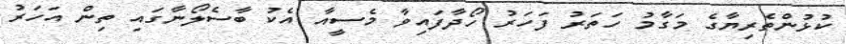
ކުޅުންތެރިޔާގެ މަގާމު ހަތަރު ފަހަރު ހޯދާފައިވާ މެސީއާ އެކު ބާސެލޯނާގައި ތިން އަހަރު